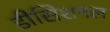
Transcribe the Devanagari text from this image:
डीसिशनल